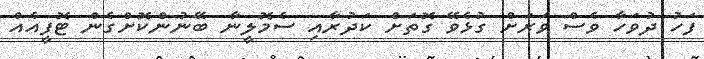
ފަހު ދުވަހާ ވެސް ވަރަށް ގުޅެވޭ ގޮތަށް ކަދުރާއި ސެމޮލީނާ ބޭނުންކޮށްގެން ޓޮފީއެއް